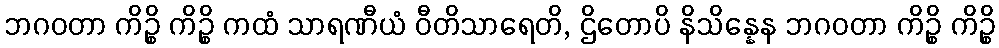
ဘဂဝတာ ကိဉ္စိ ကိဉ္စိ ကထံ သာရဏီယံ ဝီတိသာရေတိ, ဌိတောပိ နိသိန္နေန ဘဂဝတာ ကိဉ္စိ ကိဉ္စိ